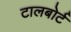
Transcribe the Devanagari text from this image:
टालबोर्ट